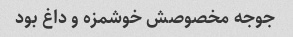
جوجه مخصوصش خوشمزه و داغ بود